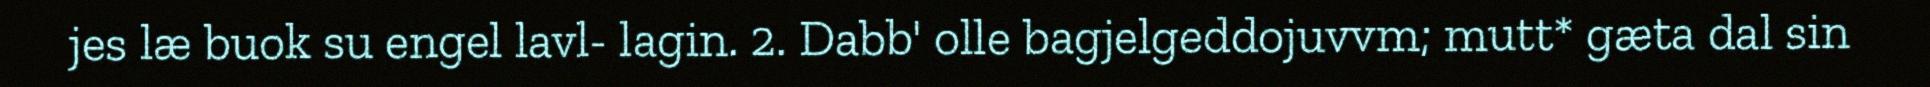
jes læ buok su engel lavl- lagin. 2. Dabb' olle bagjelgeddojuvvm; mutt* gæta dal sin